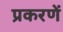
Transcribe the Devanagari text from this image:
प्रकरणें